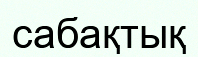
сабақтық